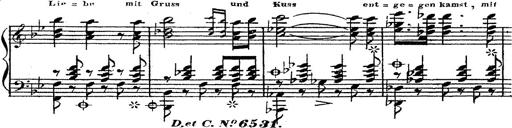
Title: 12 Lieder von Franz Schubert
Composer: Franz Liszt